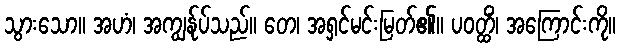
သွားသော။ အဟံ၊ အကျွန်ုပ်သည်။ တေ၊ အရှင်မင်းမြတ်၏။ ပဝတ္ထိံ၊ အကြောင်းကို။